Civil Veterinary Department. United Provinces 1912-22 - 1912-1922
Year: 1912
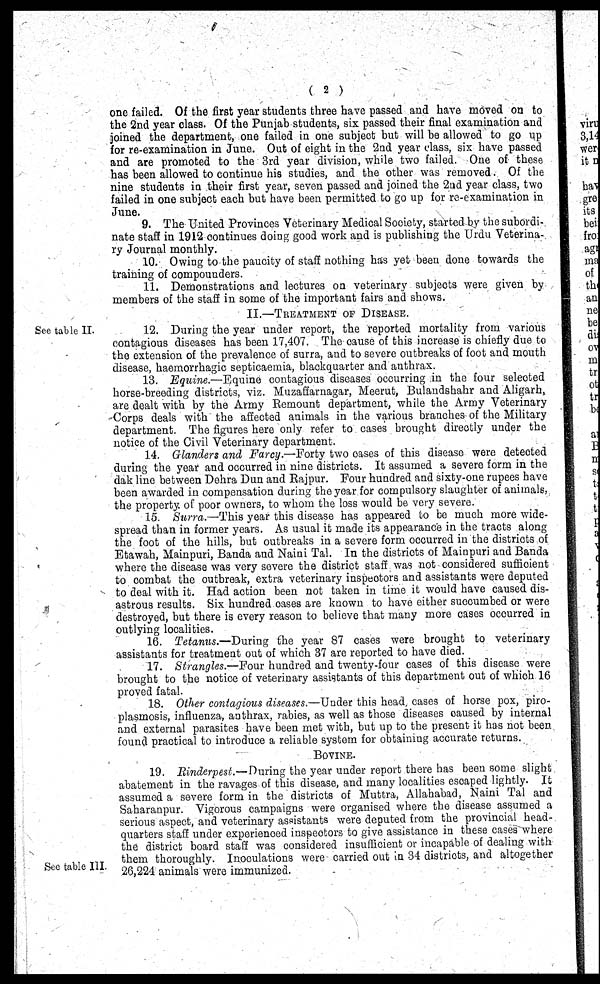
(2)
one failed. Of the first year students three have passed and have moved on to
the 2nd year class. Of the Punjab students, six passed their final examination and
joined the department, one failed in one subject but will be allowed to go up
for re-examination in June. Out of eight in the 2nd year class, six have passed
and are promoted to the 3rd year division, while two failed. One of these
has been allowed to continue his studies, and the other was removed. Of the
nine students in their first year, seven passed and joined the 2nd year class, two
failed in one subject each but have been permitted to go up for re-examination in
June.
9. The United Provinces Veterinary Medical Society, started by the subordi-
nate staff in 1912 continues doing good work and is publishing the Urdu Veterina-
ry Journal monthly.
10. Owing to the paucity of staff nothing has yet been done towards the
training of compounders.
11. Demonstrations and lectures on veterinary subjects were given by
members of the staff in some of the important fairs and shows.
II.—Treatment of Disease.
See table II.
12. During the year under report, the reported mortality from various
contagious diseases has been 17,407. The cause of this increase is chiefly due to
the extension of the prevalence of surra, and to severe outbreaks of foot and mouth
disease, haemorrhagic septicaemia, blackquarter and anthrax.
13. Equine.—Equine contagious diseases occurring in the four selected
horse-breeding districts, viz. Muzaffarnagar, Meerut, Bulandshahr and Aligarh,
are dealt with by the Army Remount department, while the Army Veterinary
Corps deals with the affected animals in the various branches of the Military
department. The figures here only refer to cases brought directly under the
notice of the Civil Veterinary department.
14. Glanders and Farcy.—Forty two oases of this disease were detected
during the year and occurred in nine districts. It assumed a severe form in the
dak lino between Dehra Dun and Rajpur. Four hundred and sixty-one rupees have
been awarded in compensation during the year for compulsory slaughter of animals,
the property of poor owners, to whom the loss would be very severe.
15. Surra.—This year this disease has appeared to be much more wide-
spread than in former years. As usual it made its appearance in the tracts along
the foot of the hills, but outbreaks in a severe form occurred in the districts of
Etawah, Mainpuri, Banda and Naini Tal. In the districts of Mainpuri and Banda
where the disease was very severe the district staff was not considered sufficient
to combat the outbreak, extra veterinary inspectors and assistants were deputed
to deal with it. Had action been not taken in time it would have caused dis-
astrous results. Six hundred oases are known to have either succumbed or were
destroyed, but there is every reason to believe that many more cases occurred in
outlying localities.
16. Tetanus.—During the year 87 cases were brought to veterinary
assistants for treatment out of which 37 are reported to have died.
17. Strangles.—Four hundred and twenty-four cases of this disease were
brought to the notice of veterinary assistants of this department out of which 16
proved fatal.
18. Other contagious diseases.—Under this head, cases of horse pox, piro-
plasmosis, influenza, anthrax, rabies, as well as those diseases caused by internal
and external parasites have been met with, but up to the present it has not been
found practical to introduce a reliable system for obtaining accurate returns.
Bovine.
See table III
19. Rinderpest.—During the year under report there has been some slight
abatement in the ravages of this disease, and many localities escaped lightly. It
assumed a severe form in the districts of Muttra, Allahabad, Naini Tal and
Saharanpur. Vigorous campaigns were organised where the disease assumed a
serious aspect, and veterinary assistants were deputed from the provincial head-
quarters staff under experienced inspectors to give assistance in these cases where
the district board staff was considered insufficient or incapable of dealing with
them thoroughly. Inoculations were carried out in 34 districts, and altogether
26,224 animals were immunized.